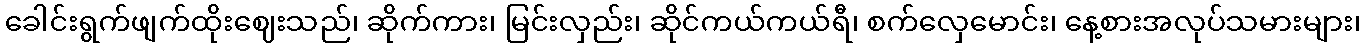
ခေါင်းရွက်ဖျက်ထိုးဈေးသည်၊ ဆိုက်ကား၊ မြင်းလှည်း၊ ဆိုင်ကယ်ကယ်ရီ၊ စက်လှေမောင်း၊ နေ့စားအလုပ်သမားများ၊